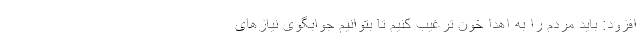
افزود: باید مردم را به اهدا خون ترغیب کنیم تا بتوانیم جوابگوی نیازهای